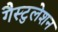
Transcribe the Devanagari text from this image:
गैस्टुलेशन